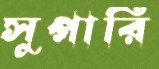
সুপারি